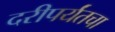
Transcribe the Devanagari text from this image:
दरीपर्यंतचा